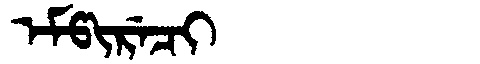
Manchu: ᡝᠮᡦᡳᡵᡝᠴᡳ
Romanization: EMPIRECI